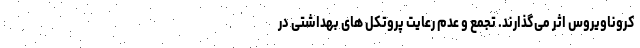
کروناویروس اثر می‌گذارند. تجمع و عدم رعایت پروتکل های بهداشتی در